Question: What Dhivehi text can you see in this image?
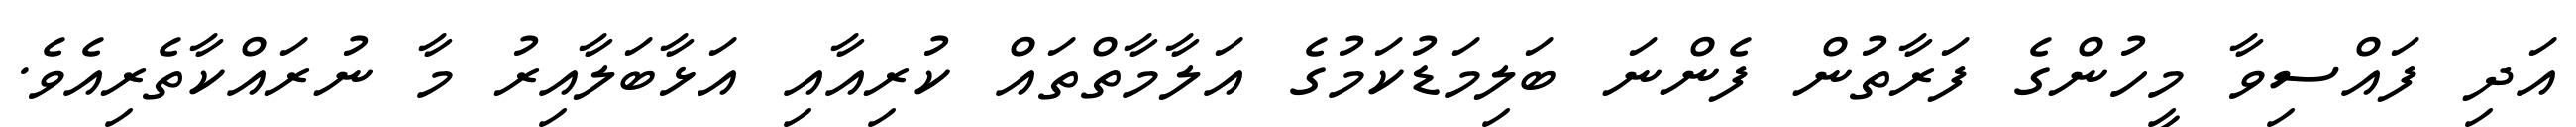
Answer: އަދި ފައްސިވާ މީހުންގެ ފަރާތުން ފެންނަ ބަލިމަޑުކަމުގެ އަލާމާތްތައް ކުރިއާއި އަޅާބަލާއިރު މާ ނުރައްކާތެރިއެވެ.